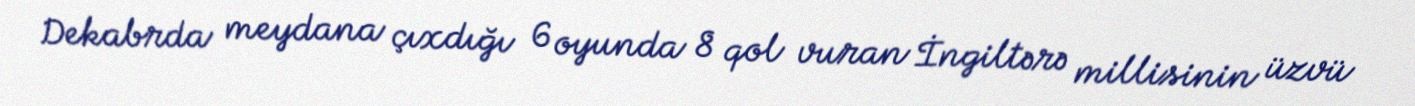
Dekabrda meydana çıxdığı 6 oyunda 8 qol vuran İngiltərə millisinin üzvü